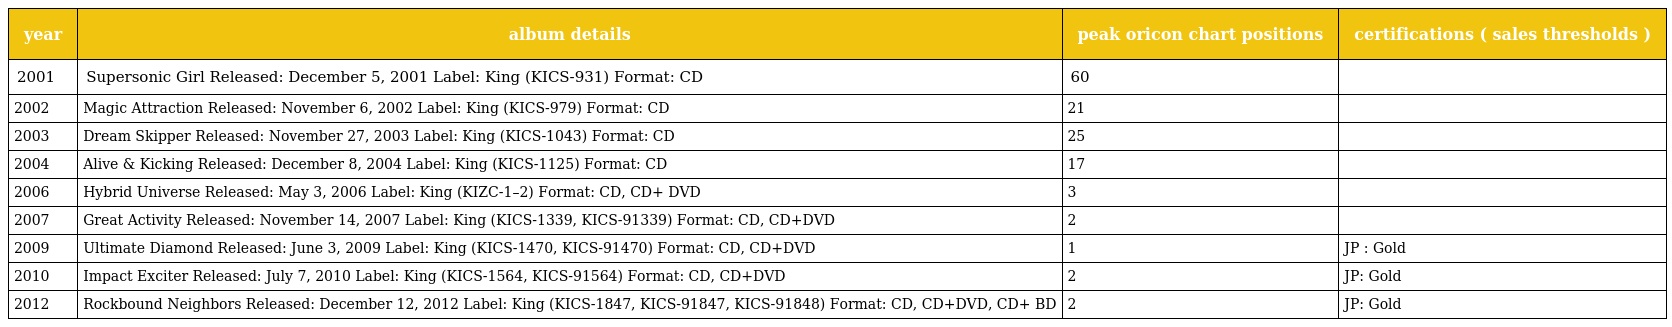
| year | album details | peak oricon chart positions | certifications ( sales thresholds ) |
 | --- | --- | --- | --- |
 | 2001 | Supersonic Girl Released: December 5, 2001 Label: King (KICS-931) Format: CD | 60 |  |
 | 2002 | Magic Attraction Released: November 6, 2002 Label: King (KICS-979) Format: CD | 21 |  |
 | 2003 | Dream Skipper Released: November 27, 2003 Label: King (KICS-1043) Format: CD | 25 |  |
 | 2004 | Alive & Kicking Released: December 8, 2004 Label: King (KICS-1125) Format: CD | 17 |  |
 | 2006 | Hybrid Universe Released: May 3, 2006 Label: King (KIZC-1–2) Format: CD, CD+ DVD | 3 |  |
 | 2007 | Great Activity Released: November 14, 2007 Label: King (KICS-1339, KICS-91339) Format: CD, CD+DVD | 2 |  |
 | 2009 | Ultimate Diamond Released: June 3, 2009 Label: King (KICS-1470, KICS-91470) Format: CD, CD+DVD | 1 | JP : Gold |
 | 2010 | Impact Exciter Released: July 7, 2010 Label: King (KICS-1564, KICS-91564) Format: CD, CD+DVD | 2 | JP: Gold |
 | 2012 | Rockbound Neighbors Released: December 12, 2012 Label: King (KICS-1847, KICS-91847, KICS-91848) Format: CD, CD+DVD, CD+ BD | 2 | JP: Gold |